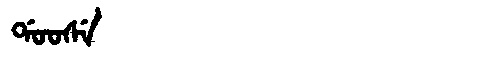
Manchu: ᡩᠣᠣᠰᡝ
Romanization: DOOSE